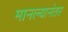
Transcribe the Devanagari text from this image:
मानल्यानंतर